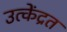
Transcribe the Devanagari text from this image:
उत्केंद्रत